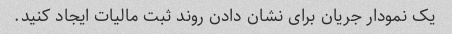
یک نمودار جریان برای نشان دادن روند ثبت مالیات ایجاد کنید.